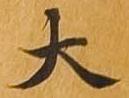
大